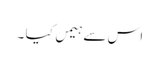
اس سے ہیمں کیا ۔